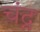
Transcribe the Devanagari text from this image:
चंद्न